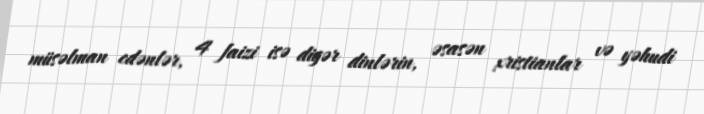
müsəlman edənlər, 4 faizi isə digər dinlərin, əsasən xristianlar və yəhudi